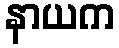
နာယက